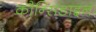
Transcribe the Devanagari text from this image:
कौन्सिडाइन